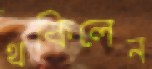
থকিলেন